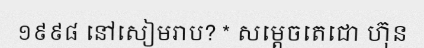
១៩៩៨ នៅសៀមរាប? * សម្តេចតេជោ ហ៊ុន